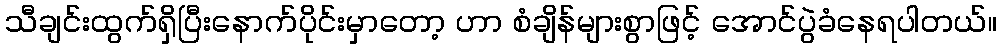
သီချင်းထွက်ရှိပြီးနောက်ပိုင်းမှာတော့ ဟာ စံချိန်များစွာဖြင့် အောင်ပွဲခံနေရပါတယ်။